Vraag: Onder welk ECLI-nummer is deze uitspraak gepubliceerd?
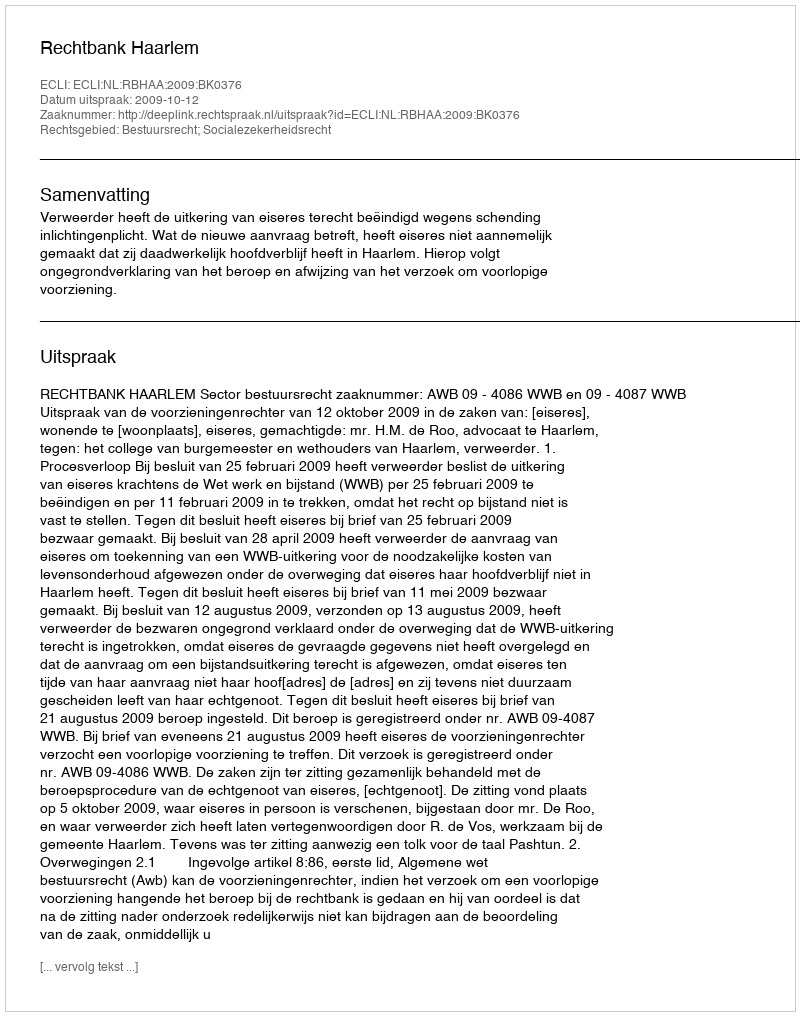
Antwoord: ECLI:NL:RBHAA:2009:BK0376